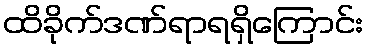
ထိခိုက်ဒဏ်ရာရရှိကြောင်း